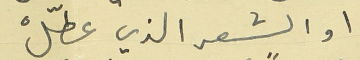
اول الشعر الذي عطّلْ